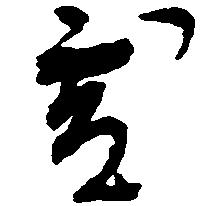
処